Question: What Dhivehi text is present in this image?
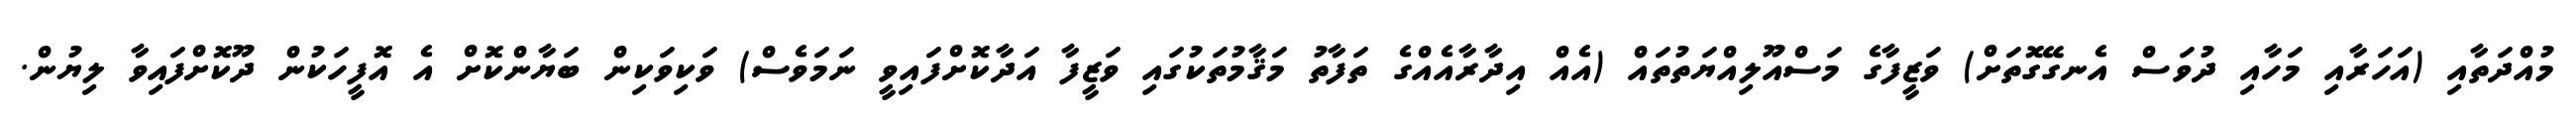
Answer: މުއްދަތާއި (އަހަރާއި މަހާއި ދުވަސް އެނގޭގޮތަށް) ވަޒީފާގެ މަސްއޫލިއްޔަތުތައް (އެއް އިދާރާއެއްގެ ތަފާތު މަޤާމުތަކުގައި ވަޒީފާ އަދާކޮށްފައިވީ ނަމަވެސް) ވަކިވަކިން ބަޔާންކޮށް އެ އޮފީހަކުން ދޫކޮށްފައިވާ ލިޔުން.